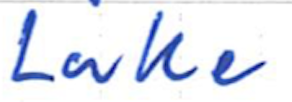
Text: Lake
Cross-out: clean
Writing tool: ballpoint